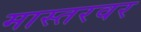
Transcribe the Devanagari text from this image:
मास्तरवर